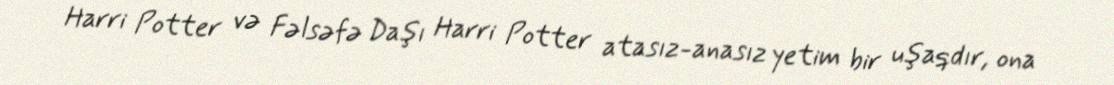
Harri Potter və Fəlsəfə Daşı Harri Potter atasız-anasız yetim bir uşaqdır, ona